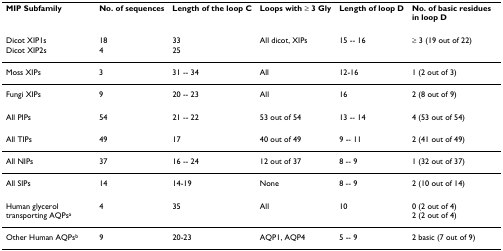
| MIP Subfamily | No. of sequences | Length of the loop C | Loops with ≥ 3 Gly | Length of loop D | No. of basic residues in loop D |
 | --- | --- | --- | --- | --- | --- |
 | Dicot XIP1s | 18 | 33 | All dicot, XIPs | 15 -- 16 | ≥ 3 (19 out of 22) |
 | Dicot XIP2s | 4 | 25 |  |  |  |
 | Moss XIPs | 3 | 31 -- 34 | All | 12-16 | 1 (2 out of 3) |
 | Fungi XIPs | 9 | 20 -- 23 | All | 16 | 2 (8 out of 9) |
 | All PIPs | 54 | 21 -- 22 | 53 out of 54 | 13 -- 14 | 4 (53 out of 54) |
 | All TIPs | 49 | 17 | 40 out of 49 | 9 -- 11 | 2 (41 out of 49) |
 | All NIPs | 37 | 16 -- 24 | 12 out of 37 | 8 -- 9 | 1 (32 out of 37) |
 | All SIPs | 14 | 14-19 | None | 8 -- 9 | 2 (10 out of 14) |
 | Human glycerol transporting AQPsa | 4 | 35 | All | 10 | 0 (2 out of 4)2 (2 out of 4) |
 | Other Human AQPsb | 9 | 20-23 | AQP1, AQP4 | 5 -- 9 | 2 basic (7 out of 9) |